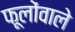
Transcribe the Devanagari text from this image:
फूलोंवाले